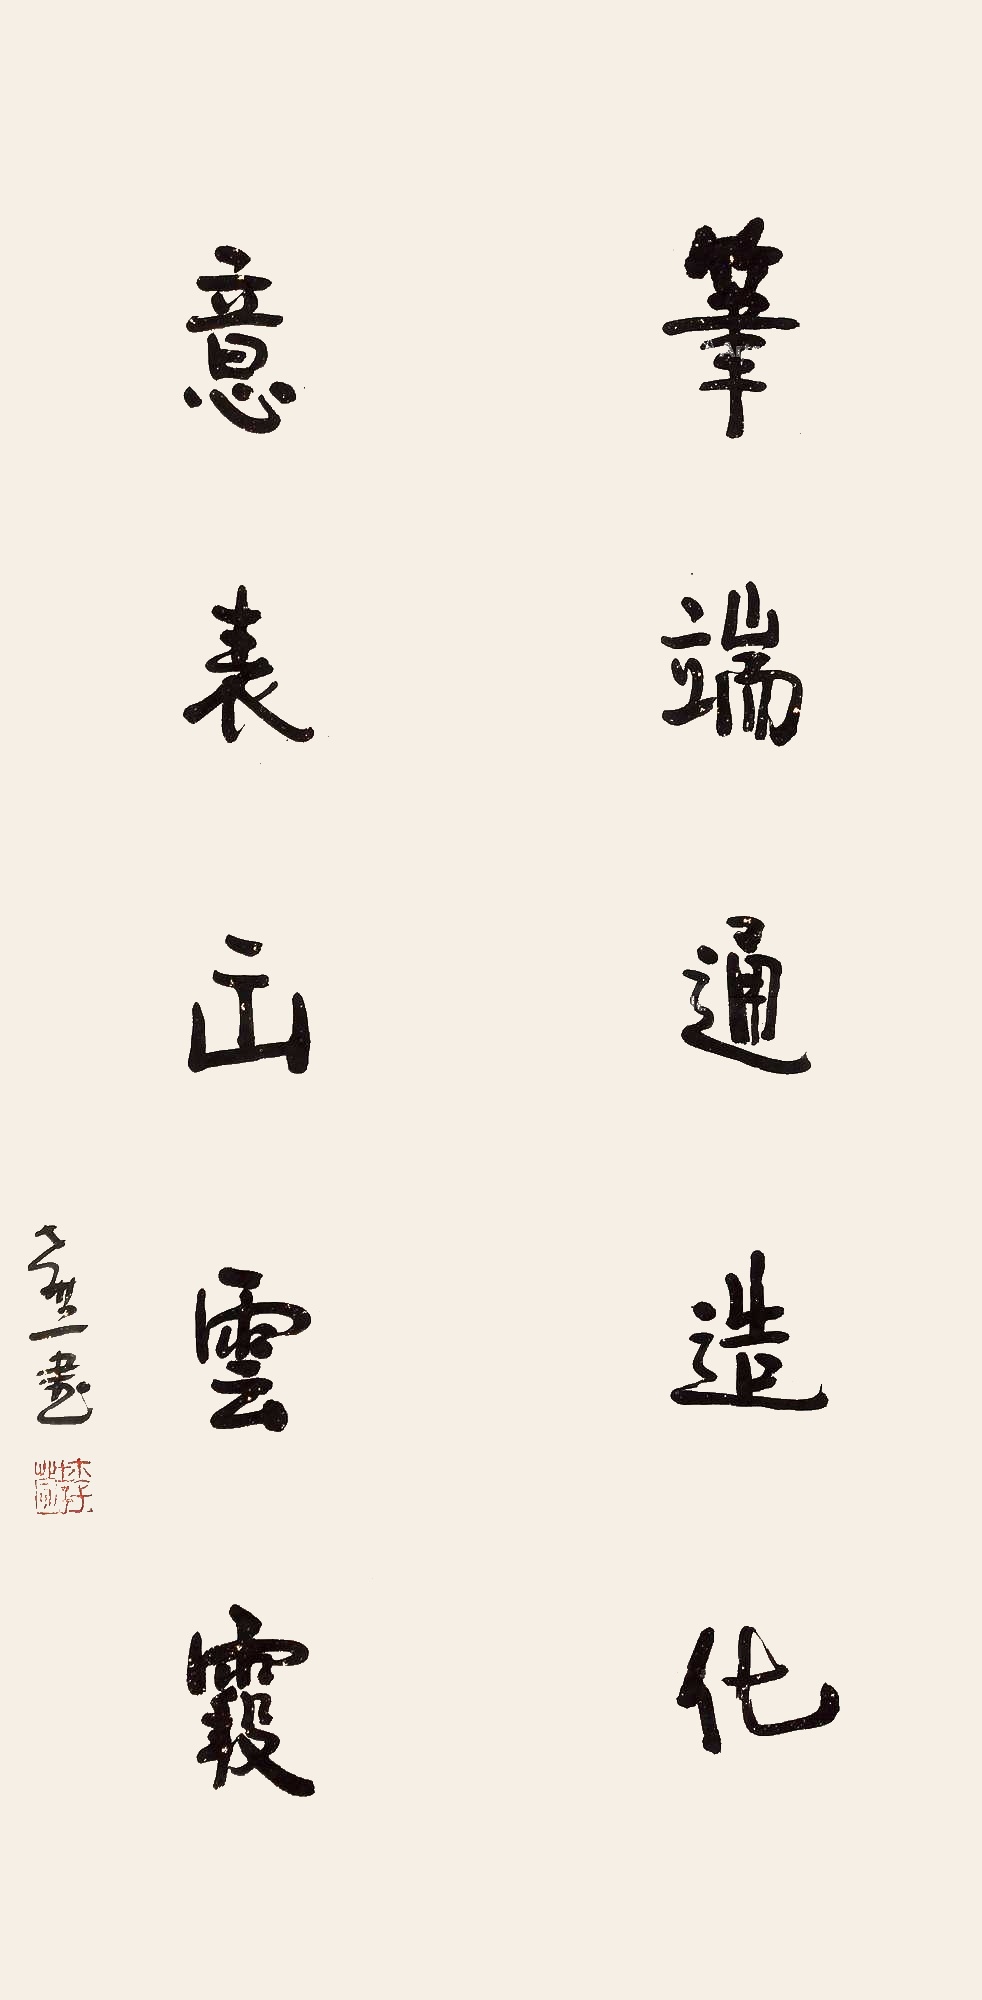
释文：笔端通造化，意表出云霞。孝萱书。